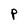
Character: p